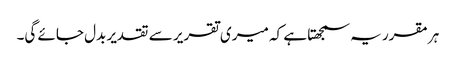
ہر مقرر یہ سمجھتا ہے کہ میری تقریر سے تقدیر بدل جائے گی۔